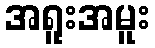
အရူးအမူး